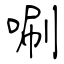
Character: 唰